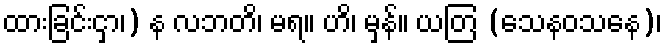
ထားခြင်းငှာ၊) န လဘတိ၊ မရ။ ဟိ၊ မှန်။ ယတြ (သေနဝသနေ)၊